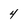
Character: 4